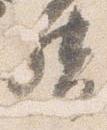
督